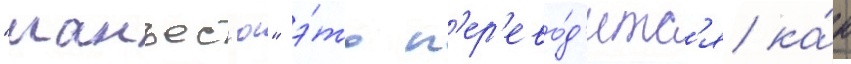
"манъес'ю" э́то п'ер'ево́д'итс'я ка́к